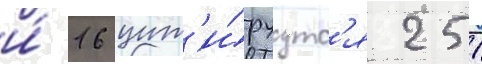
и́ 16 цит'и́руутс'я 251